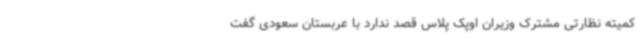
کمیته نظارتی مشترک وزیران اوپک پلاس قصد ندارد با عربستان سعودی گفت